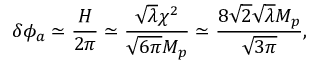
\delta \phi _ { a } \simeq \frac { H } { 2 \pi } \simeq \frac { \sqrt { \lambda } \chi ^ { 2 } } { \sqrt { 6 \pi } M _ { p } } \simeq \frac { 8 \sqrt { 2 } \sqrt { \lambda } M _ { p } } { \sqrt { 3 \pi } } ,